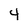
Character: 4